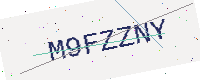
Text: M9FZZNY